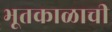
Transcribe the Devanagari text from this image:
भूतकाळाची